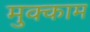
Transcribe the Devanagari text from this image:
मुक्‍काम